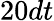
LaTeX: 20dt